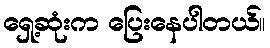
ရှေ့ဆုံးက ပြေးနေပါတယ်။